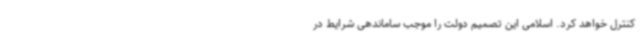
کنترل خواهد کرد. اسلامی این تصمیم دولت را موجب ساماندهی شرایط در